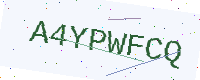
Text: A4YPWFCQ